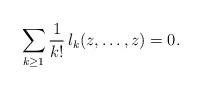
LaTeX: \begin{align*} \sum_{k \geq 1}\frac{1}{k!}\, l_{k}(z, \ldots,z) =0.\end{align*}